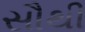
સૌથી